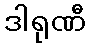
ဒါရုဏီ